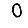
Digit: 0